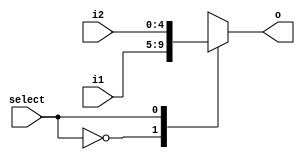
`timescale 1ns / 1ps
module MUX_2(
    input select,
    input [4:0]i1,
    input [4:0]i2,
    output reg [4:0]o
    );
    always@(*)
        begin
        case(select)
            1'b0:  o <=  i1;
            1'b1:  o <=  i2;
        endcase
        end
endmodule